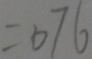
= 0 7 6